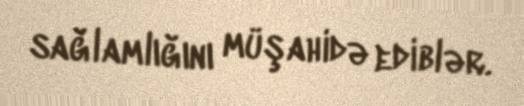
sağlamlığını müşahidə ediblər.